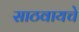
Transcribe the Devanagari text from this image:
साठवायचे